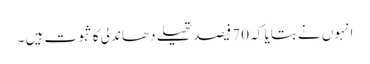
انہوں نے بتایا کہ 70 فیصد تھیلے دھاندلی کا ثبوت ہیں ۔